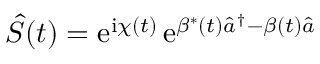
\hat { S } ( t ) = \mathrm { e } ^ { \mathrm { i } \chi ( t ) } \, \mathrm { e } ^ { \beta ^ { * } ( t ) \hat { a } ^ { \dagger } - \beta ( t ) \hat { a } }